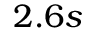
2 . 6 s